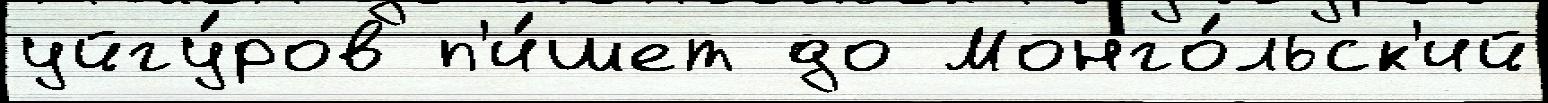
уйгу́ров п'и́шет до Монго́льск'ий